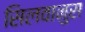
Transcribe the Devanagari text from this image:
सिलवानुस